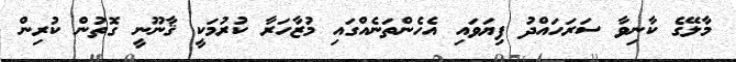
މާލޭގެ ކާނިވާ ސަރަހައްދު ފިޔަވައި އެހެންތަނެއްގައި މުޒާހަރާ ކުރުމަކީ ޤާނޫނީ ގޮތުން ކުރިން